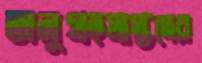
অনুগ্রহপ্রাপ্তদের